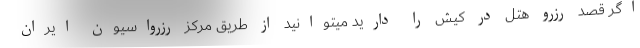
اگر قصد رزرو هتل در کیش را دارید میتوانید از طریق مرکز رزرواسیون ایران